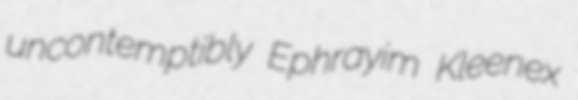
uncontemptibly Ephrayim Kleenex